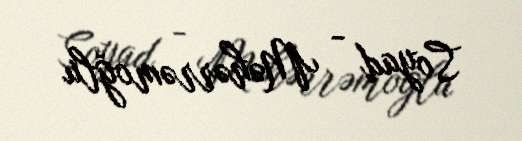
Soyad - Məhərrəmoğlu